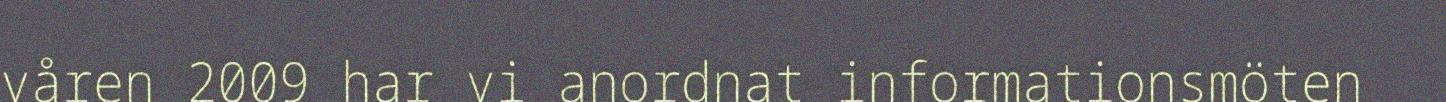
våren 2009 har vi anordnat informationsmöten